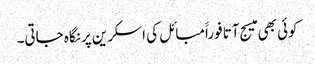
کوئی بھی میسج آتا فوراََمبائل کی اسکرین پر نگاہ جاتی۔